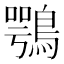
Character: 鶚